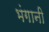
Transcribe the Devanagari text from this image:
भंगानी